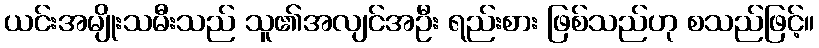
ယင်းအမျိုးသမီးသည် သူ၏အလျင်အဦး ရည်းစား ဖြစ်သည်ဟု စသည်ဖြင့်။